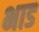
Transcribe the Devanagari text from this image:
भाड